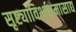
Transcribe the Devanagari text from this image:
सृष्ट्याविर्भावमासाद्य